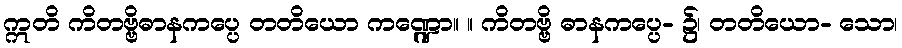
ဣတိ ကိတဗ္ဗိဓာနကပ္ပေ တတိယော ကဏ္ဍော။ ။ ကိတဗ္ဗိ ဓာနကပ္ပေ- ၌၊ တတိယော- သော၊